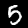
Digit: 5